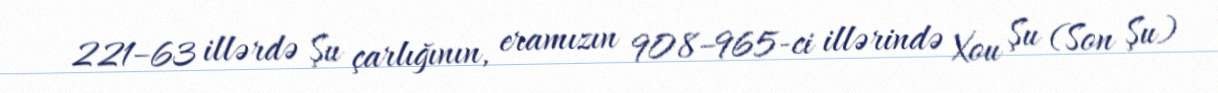
221–63 illərdə Şu çarlığının, eramızın 908–965-ci illərində Xou Şu (Son Şu)